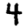
Digit: 4